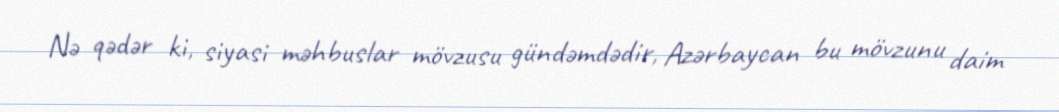
Nə qədər ki, siyasi məhbuslar mövzusu gündəmdədir, Azərbaycan bu mövzunu daim